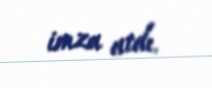
imza atdı.